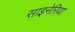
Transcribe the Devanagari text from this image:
साइनेरिया